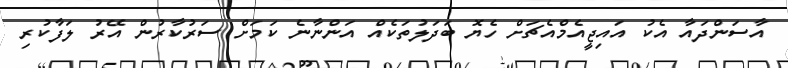
އާސަންދައާ އެކު އައިޖީއެމްއެޗަށް ހެޔޮ ބަދަލުތަކެއް އަންނާނެ ކަމަށް ސަރުކާރުން އޭރު ލަފާކުރި